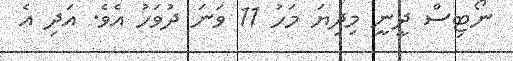
ނޯޓިސް ދީނީ މިދިޔަ މަހު 11 ވަނަ ދުވަހު އެވެ. އަދި އެ